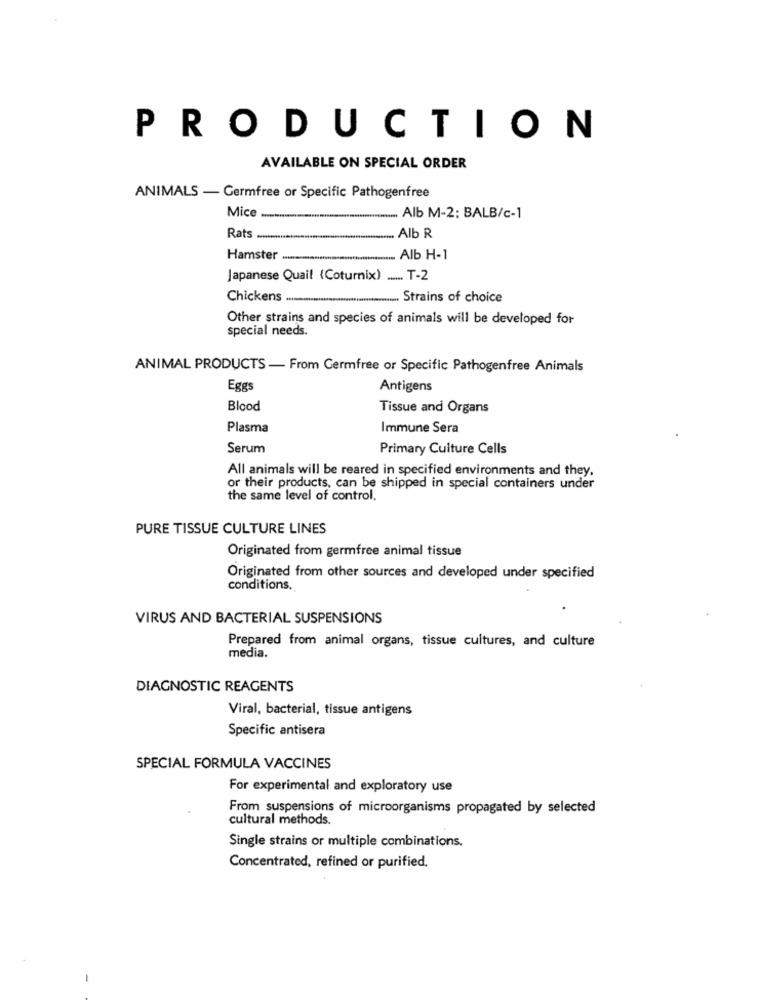
PRODUCTION
AVAILABLE ON SPECIAL ORDER
ANIMALS - Germfree or Specific Pathogenfree
Mice
Alb M-2: BALB/c-1
Rats ......
Alb R
Hamster
Alb H-1
Japanese Quail (Coturnix) .... T-2
Chickens .
....... Strains of choice
Other strains and species of animals will be developed for
special needs.
ANIMAL PRODUCTS - From Germfree or Specific Pathogenfree Animals
Eggs
Antigens
Blood
Tissue and Organs
Plasma
Immune Sera
Serum
Primary Culture Cells
All animals will be reared in specified environments and they.
or their products, can be shipped in special containers under
the same level of control.
PURE TISSUE CULTURE LINES
Originated from germfree animal tissue
Originated from other sources and developed under specified
conditions.
VIRUS AND BACTERIAL SUSPENSIONS
Prepared from animal organs, tissue cultures, and culture
media.
DIAGNOSTIC REAGENTS
Viral, bacterial, tissue antigens
Specific antisera
SPECIAL FORMULA VACCINES
For experimental and exploratory use
From suspensions of microorganisms propagated by selected
cultural methods.
Single strains or multiple combinations.
Concentrated, refined or purified.